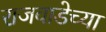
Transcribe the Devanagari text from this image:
राजवाडेच्या